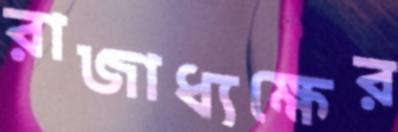
রাজাধ্যক্ষের